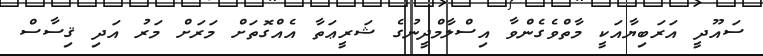
ސައޫދީ އަރަބިޔާއަކީ މާތްވެގެންވާ އިސްލާމްދީނުގެ ޝަރީޢަތާ އެއްގޮތަށް މަރަށް މަރު އަދި ޤިސާސް